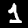
Label: 1